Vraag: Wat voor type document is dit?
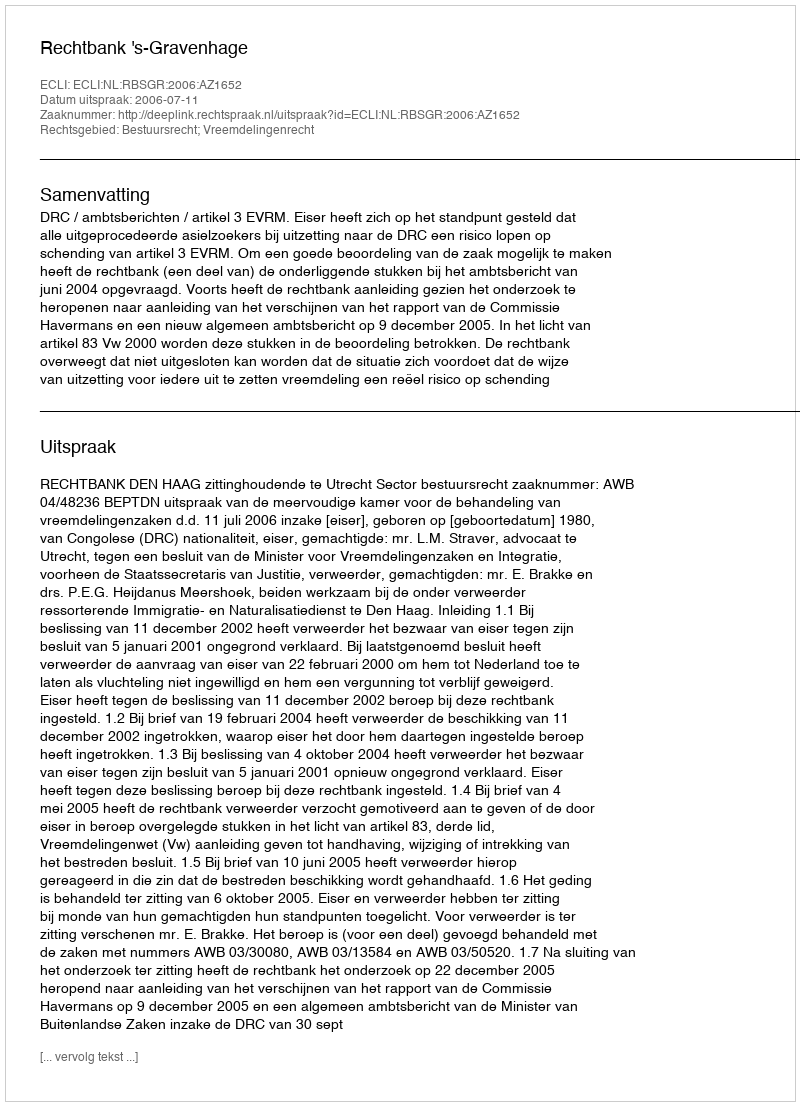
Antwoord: Uitspraak